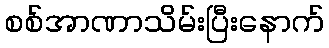
စစ်အာဏာသိမ်းပြီးနောက်